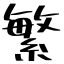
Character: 繁